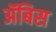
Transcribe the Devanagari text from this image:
ॲबिस